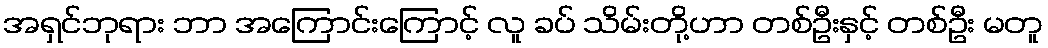
အရှင်ဘုရား ဘာ အကြောင်းကြောင့် လူ ခပ် သိမ်းတို့ဟာ တစ်ဦးနှင့် တစ်ဦး မတူ